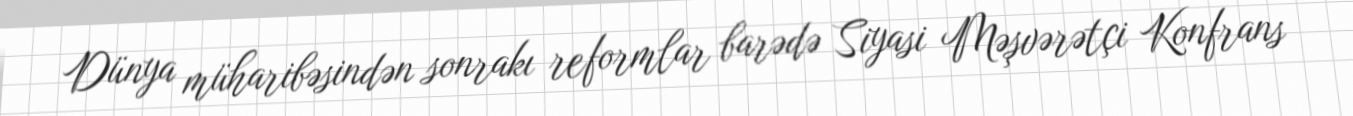
Dünya müharibəsindən sonrakı reformlar barədə Siyasi Məşvərətçi Konfrans